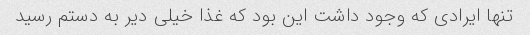
تنها ایرادی که وجود داشت این بود که غذا خیلی دیر به دستم رسید